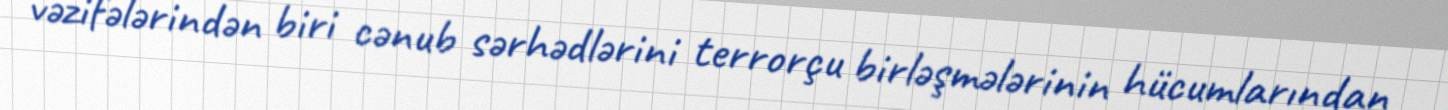
vəzifələrindən biri cənub sərhədlərini terrorçu birləşmələrinin hücumlarından